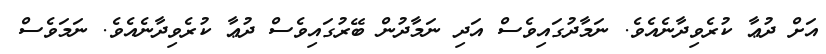
އަށް ދުޢާ ކުރެވިދާނެއެވެ. ނަމާދުގައިވެސް އަދި ނަމާދުން ބޭރުގައިވެސް ދުޢާ ކުރެވިދާނެއެވެ. ނަމަވެސް